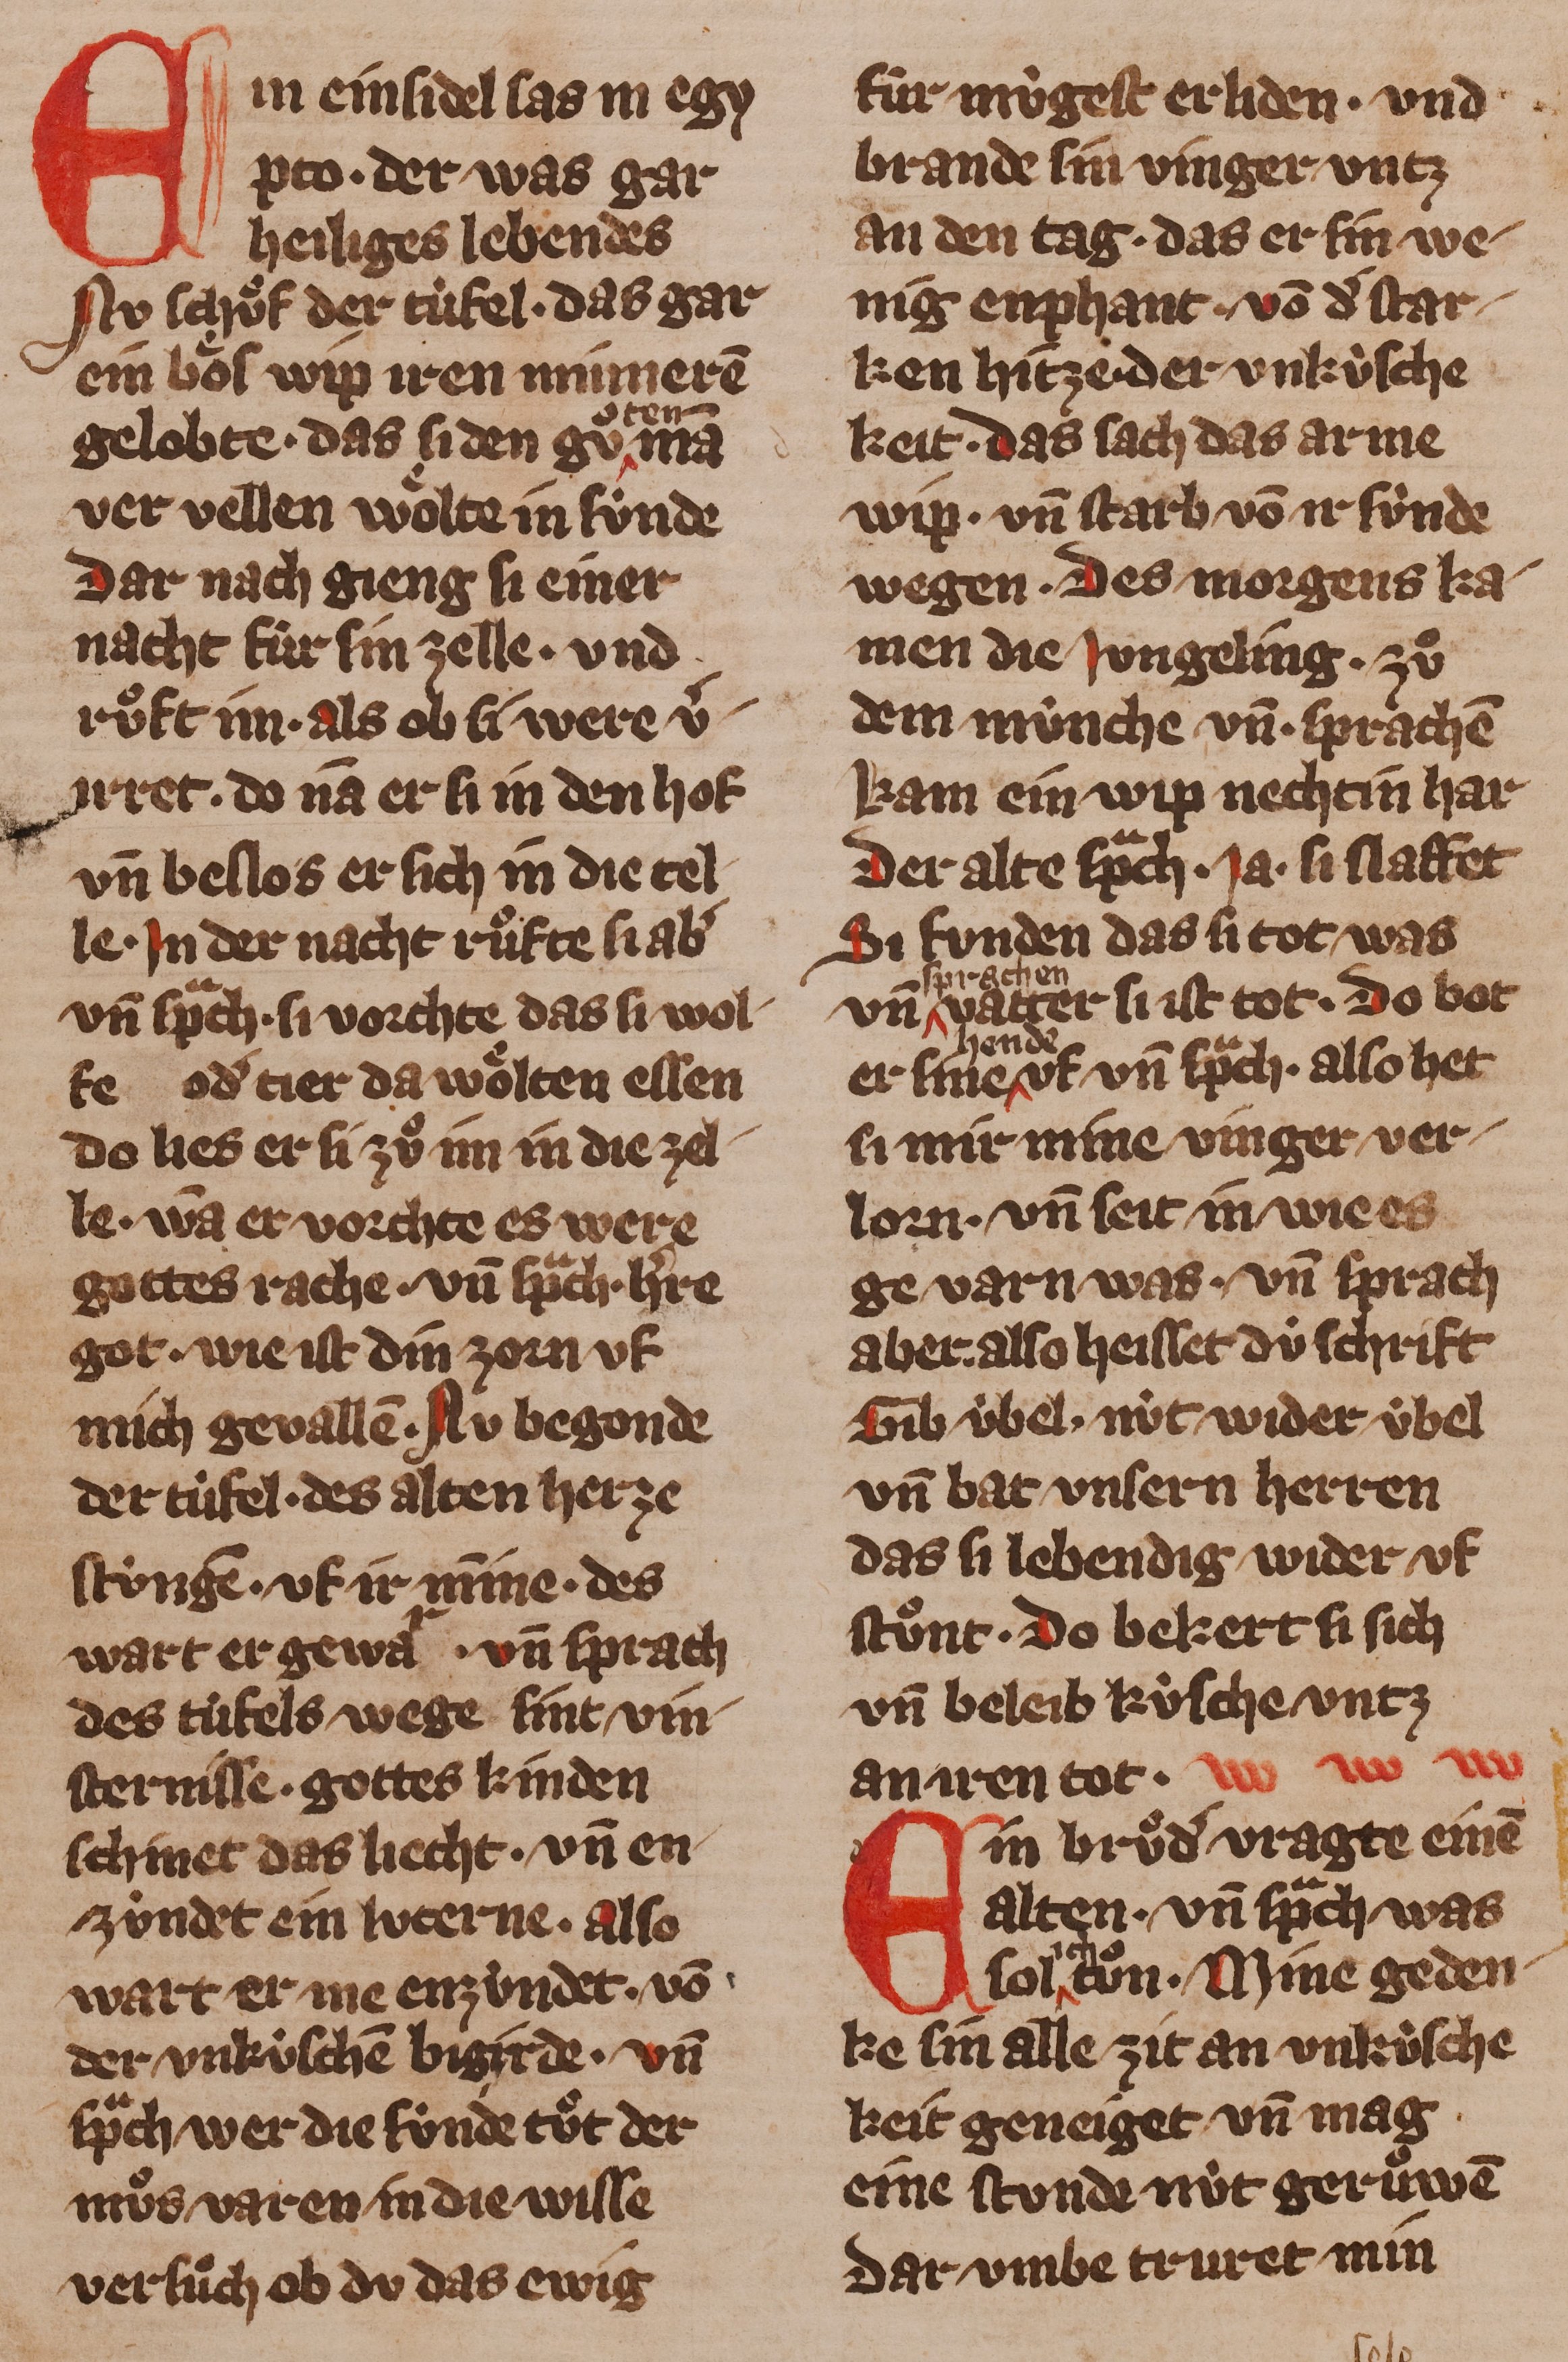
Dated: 1355–1385